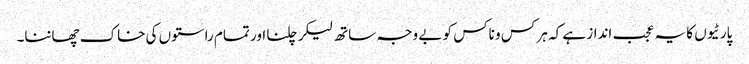
پارٹیوں کا یہ عجب انداز ہے کہ ہر کس و ناکس کو بے وجہ ساتھ لیکر چلنا اور تمام راستوں کی خاک چھاننا۔